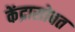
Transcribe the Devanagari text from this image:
केंद्रासोबत